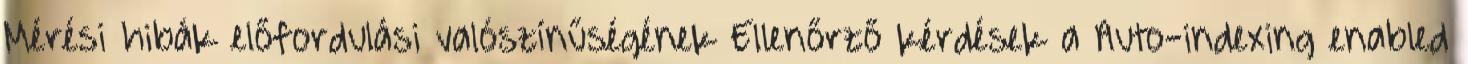
Mérési hibák előfordulási valószínűségének Ellenőrző kérdések a Auto-indexing enabled